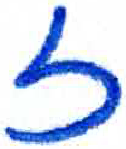
אות: ז